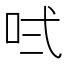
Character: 𠱌